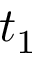
t _ { 1 }